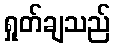
ရှုတ်ချသည်